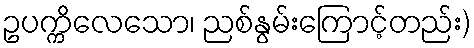
ဥပက္ကိလေသော၊ ညစ်နွမ်းကြောင့်တည်း)